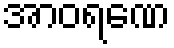
အာဝရဏေ